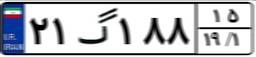
۲۱گ۱۸۸۱۵